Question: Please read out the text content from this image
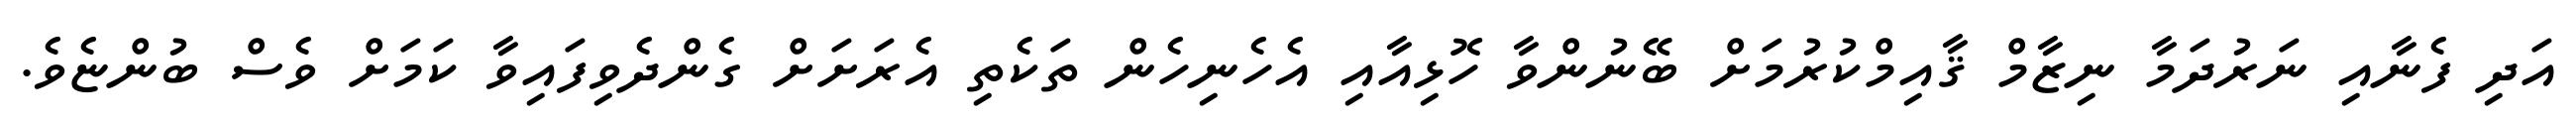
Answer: އަދި ފެނާއި ނަރުދަމާ ނިޒާމް ޤާއިމްކުރުމަށް ބޭނުންވާ ހޮޅިއާއި އެހެނިހެން ތަކެތި އެރަށަށް ގެންދެވިފައިވާ ކަމަށް ވެސް ބުންޏެވެ.